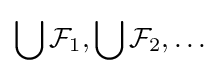
\bigcup {\mathcal {F}}_{1},\bigcup {\mathcal {F}}_{2},\ldots